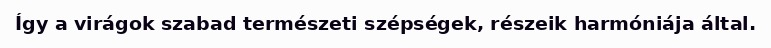
Így a virágok szabad természeti szépségek, részeik harmóniája által.